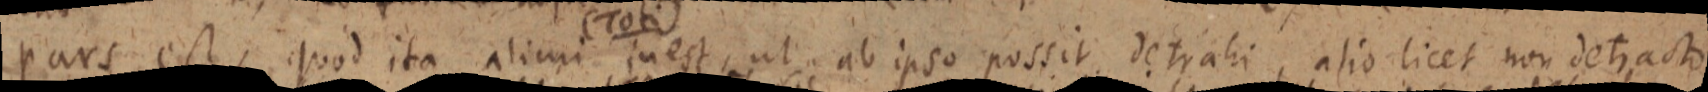
pars est, quod ita alicui in est, ut ab ipso possit detrahi, alio licet non detracto